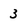
Character: 3